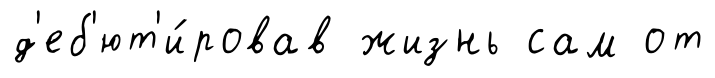
д'еб'ют'и́ровав жизнь сам от